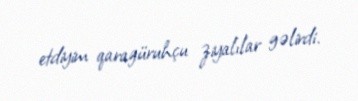
etdiyim qaragüruhçu ziyalılar gəlirdi.